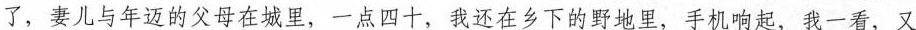
了，妻儿与年迈的父母在城里，一点四十，我还在乡下的野地里，手机响起，我一看，又